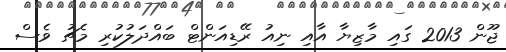
ޖޫން 2013 ގައި މާޒިޔާ އާއި ނިއު ރޭޑިއަންޓް ބައްދަލުކުރި މެޗު ވެސް